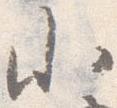
小